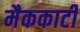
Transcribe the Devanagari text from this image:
मैककार्टी